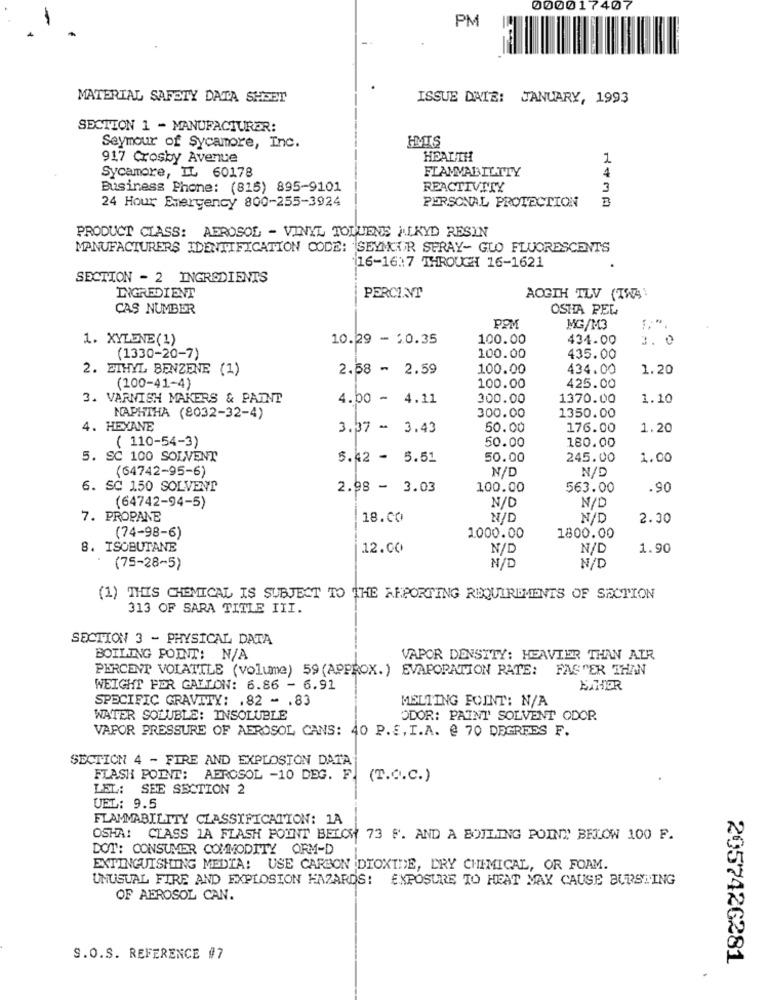
000017407
PM
MATERIAL SAFETY DATA SHEET
ISSUE DATE: JANUARY, 1993
SECTION 1 - MANUFACTURER:
HVIS
Seymour of Sycamore, Inc.
917 Crosby Avenue
HEALTH
1
Sycamore, IL 60178
FLAMVAL ILTTY
4
Business Phone: (815) 895-9101
REACTIVITY
3
PERSONAL PROTECTION
24 Hour Emergency 800-255-3924
PRODUCT CLASS: AEROSOL - VINYL TOLUENE J[KYD RESIN
MANUFACTURERS IDENTIFICATION CODE: SEYMOUR SERAY- GLO FLUORESCENTS
16-16:7 THROUGH 16-1621
SECTION - 2 INGREDIENTS
INGREDIENT
PERCENT
AOGIH TLV (TW41
CAŞ NUMBER
OSHA PEL
PPM
MG/M3
10.29 - 20.35
100.00
434.00
3. 0
1. XYLENE(1)
(1330-20-7)
100.00
435.00
2. ETHYL BENZENE (1)
2.58 - 2.59
100.00
434.00
1.20
(100-41-4)
100.00
425.00
3. VARNISH MAKERS & PAINT
4.00 - 4.11
300.00
1370.00
1.10
NAPHTHA (8032-32-4)
300.00
1350.00
4. HEXANE
3.37 - 3.43
50.00
176.00
1.20
( 110-54-3)
50.00
180.00
5. SC 100 SOLVENT
5.42 - 5.51
50.00
245.00
1.00
(64742-95-6)
N/D
N/D
6. SC 150 SOLVENT
2.98 - 3.03
100.00
563.00
.90
N/D
(64742-94-5)
N/D
7. PROPANE
18.00
N/D
N/D
2.30
(74-98-6)
1000.00
1800.00
8. ISOBUTANE
12.00
N/L
N/D
1.90
(75-28-5)
N/D
N/D
(1) THIS CHEMICAL IS SUBJECT TO THE AHPORTING REQUIREMENTS OF SECTION
313 OF SARA TITLE III.
SECTION 3 - PHYSICAL DATA
BOILING POINT: N/A
VAPOR DENSITY: HEAVIER THAN AIR
PERCENT VOLATILE (volume) 59 (APPROX. ) EVAPORATION RATE:
FASTER THAN
WEIGHT PER GALLON: 6.86 - 6.91
EAHER
SPECIFIC GRAVITY: . 82 - . 83
MELTING FOINT: N/A
WATER SOLUBLE: INSOLUBLE
ODOR: PAINT SOLVENT ODOR
VAPOR PRESSURE OF AEROSOL CANS: 40 P.S. I.A. @ 70 DEGREES F.
SECTION 4 - FIRE AND EXPLOSION DATA
FLASH POINT: AEROSOL -10 DEG. F.
(T.O.C.)
LEL: SEE SECTION 2
UEL: 9.5
FLAMMABILITY CLASSIFICATION: 1A
OSHA: CLASS 1A FLASH POINT BELCH 73 F. AND A BOILING POINT BELOW 100 F.
DOT: CONSUMER COMMODITY ORM-D
EXTINGUISHING MEDIA: USE CARBON DIOXIDE, DRY CHEMICAL, OR FOAM.
UNUSUAL FIRE AND EXPLOSION HAZARDS: EXPOSURE TO HEAT MAY CAUSE BURSTING
OF AEROSOL CAN.
S.O.S. REFERENCE #7
2057426281